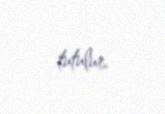
tutulur.